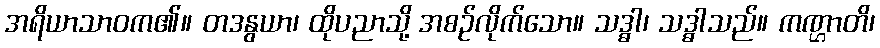
အရိယာသာဝက၏။ တဒနွယာ၊ ထိုပညာသို့ အစဉ်လိုက်သော။ သဒ္ဓာ၊ သဒ္ဓာသည်။ ကဏ္ဌာတိ၊